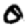
Digit: 0